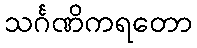
သင်္ဂဏိကရတော